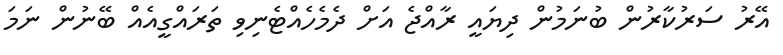
އޭރު ސަރުކާރުން ބުނަމުން ދިޔައީ ރާއްޖެ އަށް ދެމެހެއްޓެނިވި ތަރައްގީއެއް ބޭނުން ނަމަ